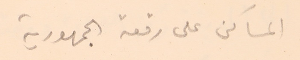
المساكن على رقعة الجمهورية